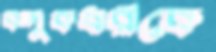
বন্দুকধারীকে